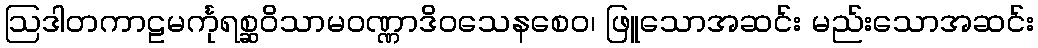
ဩဒါတကာဠမင်္ကုရစ္ဆဝိသာမဝဏ္ဏာဒိဝသေနစေဝ၊ ဖြူသောအဆင်း မည်းသောအဆင်း